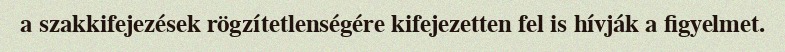
a szakkifejezések rögzítetlenségére kifejezetten fel is hívják a figyelmet.